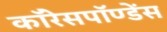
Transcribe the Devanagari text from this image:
कॉरेसपॉण्डेंस